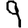
Digit: 9